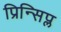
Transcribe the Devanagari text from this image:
प्रिन्सिप्ल